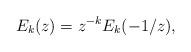
LaTeX: \begin{align*} E_k (z) = z^{- k} E_k (- 1 / z), \end{align*}